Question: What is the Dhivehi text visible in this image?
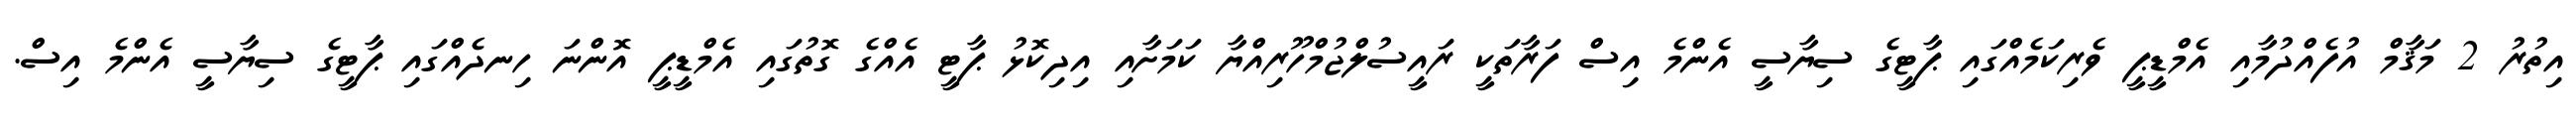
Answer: އިތުރު 2 މަޤާމް އުފެއްދުމާއި އެމްޑީޕީ ވެރިކަމެއްގައި ޕާޓީގެ ސިޔާސީ އެންމެ އިސް ފަރާތަކީ ރައީސުލްޖުމްހޫރިއްޔާ ކަމަށާއި އިދިކޮޅު ޕާޓީ އެއްގެ ގޮތުގައި އެމްޑީޕީ އޮންނަ ހިނދެއްގައި ޕާޓީގެ ސިޔާސީ އެންމެ އިސް.